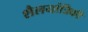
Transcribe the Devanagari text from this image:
शैलयांत्रिकी